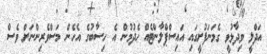
އަދްލީ ވިދާޅުވީ ގެމަނަފުށީގައި އައިސްޕްލާންޓެއް ހެދުމުން އެ ހިސާބުގެ އެހެން މަސްވެރިންނަށް ވެސް